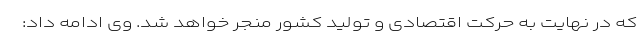
که در نهایت به حرکت اقتصادی و تولید کشور منجر خواهد شد. وی ادامه داد: